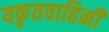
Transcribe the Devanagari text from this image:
यकृतवाहिनी